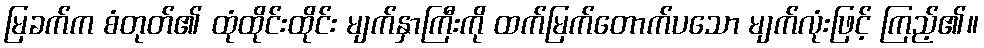
မြခက်က စံတုတ်၏ ထုံထိုင်းထိုင်း မျက်နှာကြီးကို ထက်မြက်တောက်ပသော မျက်လုံးဖြင့် ကြည့်၏။